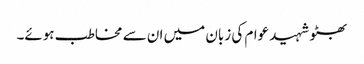
بھٹو شہید عوام کی زبان میں ان سے مخاطب ہوئے۔